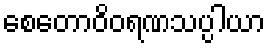
စေတောဝိဝရဏသပ္ပါယာ